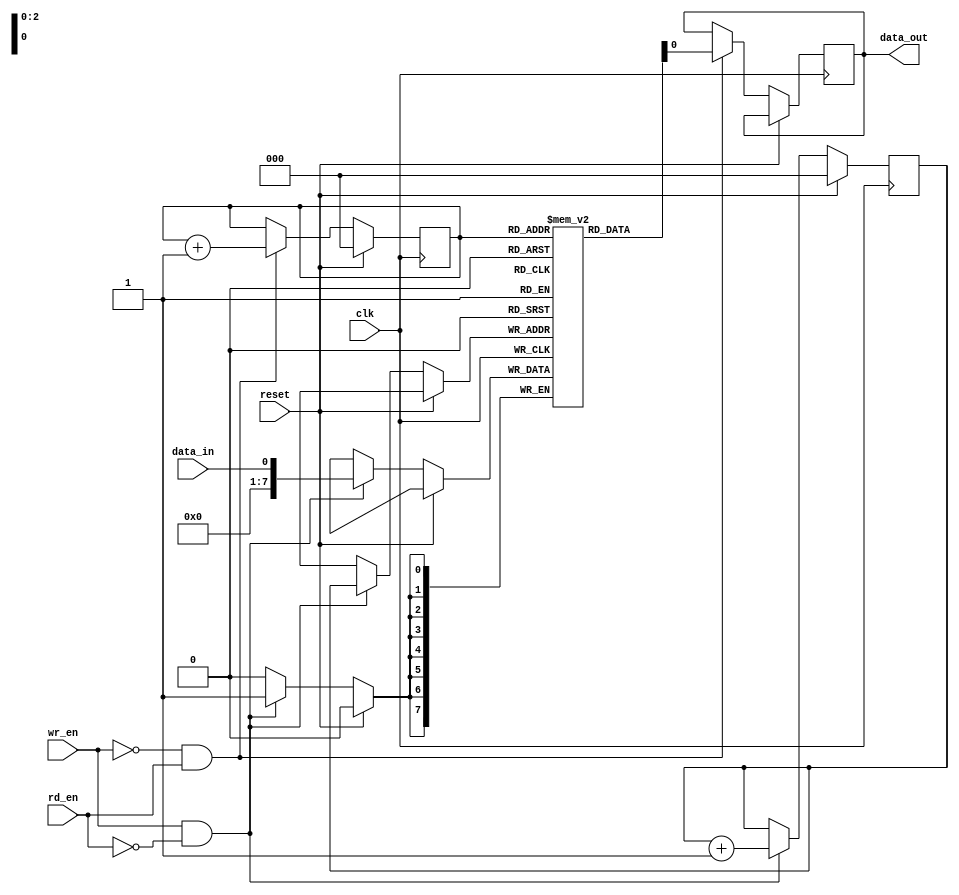
module fifo_buffer (
    input clk,
    input reset,
    input wr_en,
    input rd_en,
    input data_in,
    output reg data_out
);

parameter BUFFER_SIZE = 8;

reg [7:0] buffer [BUFFER_SIZE - 1:0];
reg [2:0] wr_ptr;
reg [2:0] rd_ptr;

always @(posedge clk) begin
    if (reset) begin
        wr_ptr <= 3'b000;
        rd_ptr <= 3'b000;
    end else begin
        if (wr_en && !rd_en) begin
            buffer[wr_ptr] <= data_in;
            wr_ptr <= wr_ptr + 1;
        end
        if (!wr_en && rd_en) begin
            data_out <= buffer[rd_ptr];
            rd_ptr <= rd_ptr + 1;
        end
    end
end

endmodule